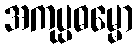
အကုပ္ပဓမ္မော